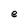
Character: e